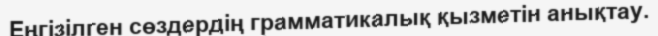
Еңгізілген сөздердің грамматикалық қызметін анықтау.